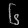
Digit: ၆